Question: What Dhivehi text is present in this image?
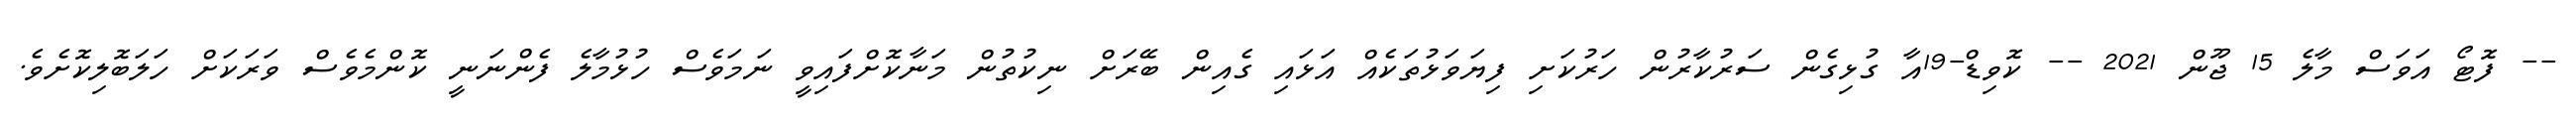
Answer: -- ފޮޓޯ އަވަސް މާލެ 15 ޖޫން 2021 -- ކޮވިޑް-19އާ ގުޅިގެން ސަރުކާރުން ހަރުކަށި ފިޔަވަޅުތަކެއް އަޅައި ގެއިން ބޭރަށް ނިކުތުން މަނާކޮށްފައިވީ ނަމަވެސް ހުޅުމާލެ ފެންނަނީ ކޮންމެވެސް ވަރަކަށް ހަލަބޮލިކޮށެވެ.